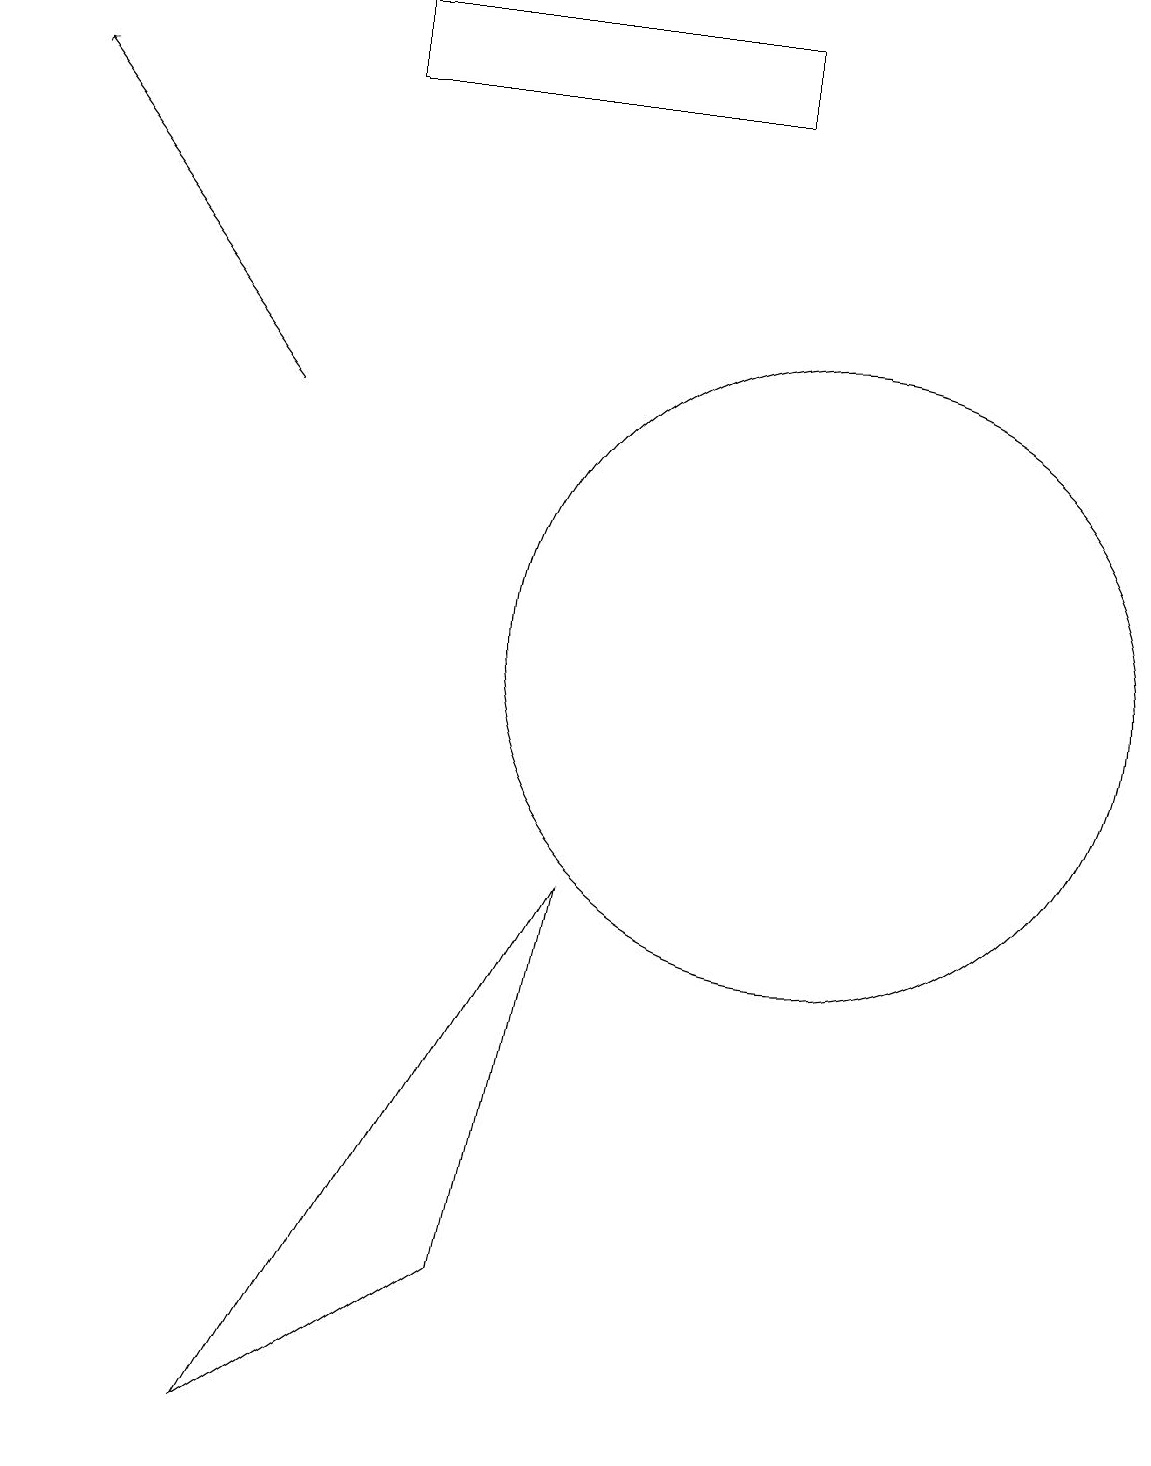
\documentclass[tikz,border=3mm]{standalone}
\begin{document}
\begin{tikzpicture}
\draw (7,8) -- (6,3) -- (3,1) -- cycle;
\draw (10,11) circle (4);
\draw (9,19) rectangle (4,18);
\draw[->] (3,14) -- (0,18);
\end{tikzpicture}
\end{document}